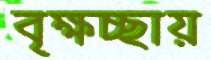
বৃক্ষচ্ছায়